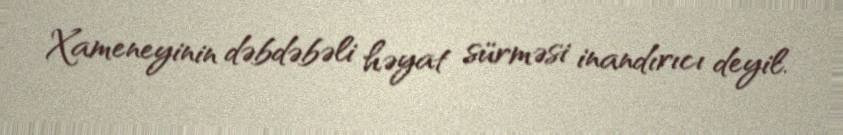
Xameneyinin dəbdəbəli həyat sürməsi inandırıcı deyil.